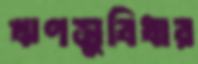
ঋণসুবিধার